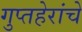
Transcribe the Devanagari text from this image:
गुप्तहेरांचे